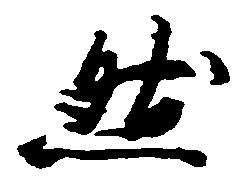
然